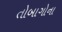
તોબાગોના